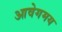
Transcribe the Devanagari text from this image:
आवेगमय